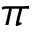
\pi